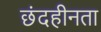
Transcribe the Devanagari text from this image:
छंदहीनता